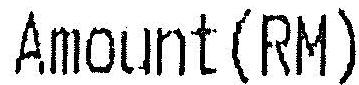
AMOUNT(RM)